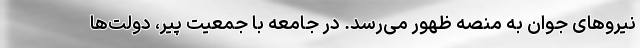
نیرو‌های جوان به منصه ظهور می‌رسد. در جامعه با جمعیت پیر، دولت‌ها